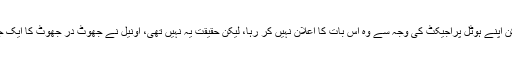
جاثیہ یہ سمجھتی رہی کہ اونیل مسلمان ہو چکا ہے لیکن اپنے ہوٹل پراجیکٹ کی وجہ سے وہ اس بات کا اعلان نہیں کر رہا، لیکن حقیقت یہ نہیں تھی، اونیل نے جھوٹ در جھوٹ کا ایک جال بچھایا تھا اور جاثیہ اس میں پھنستی چلی گئی تھی۔